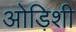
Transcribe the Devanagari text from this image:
ओड़िशी